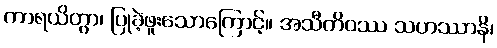
ကာရယိတွာ၊ ပြုခဲ့ဖူးသောကြောင့်။ အသီတိဝဿ သဟဿာနိ၊